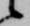
候